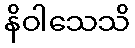
နိဝါသေသိ